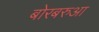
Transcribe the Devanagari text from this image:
बोरबरुआ